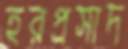
হরপ্রসাদ